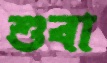
শুবা